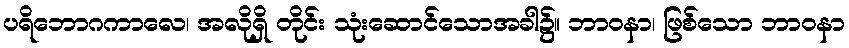
ပရိဘောဂကာလေ၊ အလိုရှိ တိုင်း သုံးဆောင်သောအခါ၌။ ဘာဝနာ၊ ဖြစ်သော ဘာဝနာ